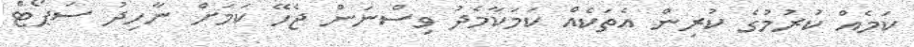
ކަމެއް ކުރުމުގެ ކުރިން އެތަކެއް ކަމަކާމެދު ވިސްނަން ޖެހޭ ކަމަށް ނާހިދު ސަޕޯޓް